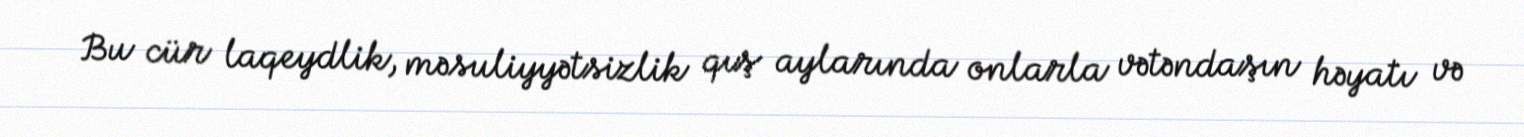
Bu cür laqeydlik, məsuliyyətsizlik qış aylarında onlarla vətəndaşın həyatı və